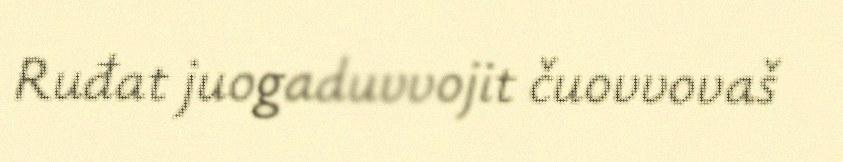
Ruđat juogaduvvojit čuovvovaš